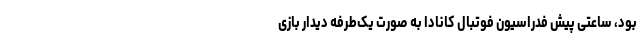
بود، ساعتی پیش فدراسیون فوتبال کانادا به صورت یک‌طرفه دیدار بازی